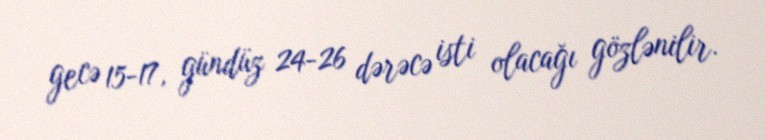
gecə 15-17, gündüz 24-26 dərəcə isti olacağı gözlənilir.